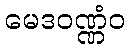
မေဒဝဏ္ဏံဝ